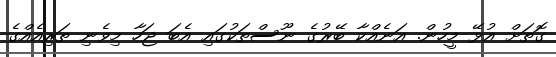
ގޮތަށް އުޅޭ މީހުން. އަނެއްކާ ބޭރުގެ ނޫސްތަކުގައި އެބަ ޖަހާ މިވެނި ތަރިއެއްގެ